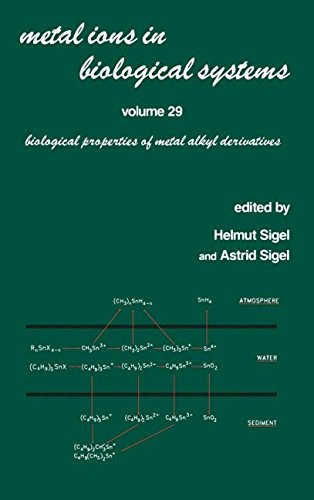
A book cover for Metal Ions in Biological Systems: Volume 29: Biological Properties of Metal Alkyl Derivatives; Science & Math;